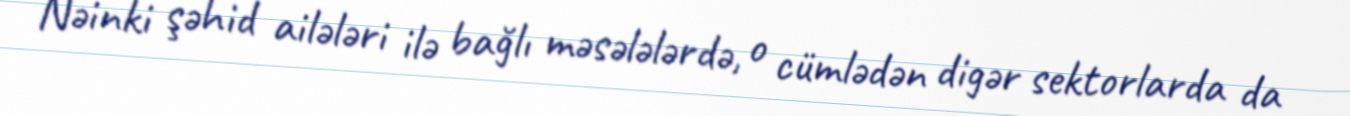
Nəinki şəhid ailələri ilə bağlı məsələlərdə, o cümlədən digər sektorlarda da